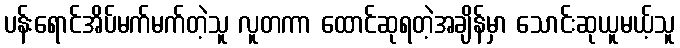
ပန်းရောင်အိပ်မက်မက်တဲ့သူ လူတကာ ထောင်ဆုရတဲ့အချိန်မှာ သောင်းဆုယူမယ့်သူ